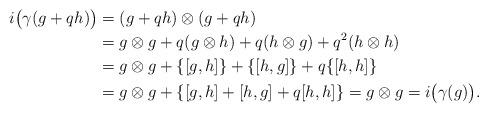
LaTeX: \begin{align*}i\big(\gamma (g + q h)\big) &= (g + q h) \otimes (g + q h) \\& =g \otimes g + q (g\otimes h) + q (h \otimes g) + q^2 (h \otimes h) \\&=g \otimes g + \{[g, h]\} + \{[h, g]\} + q \{[h, h]\} \\& =g \otimes g + \{[g, h] + [h, g]+ q[h, h]\}=g \otimes g = i\big(\gamma(g)\big) .\end{align*}